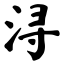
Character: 浔